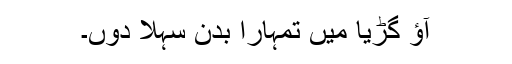
آؤ گڑیا میں تمہارا بدن سہلا دوں۔